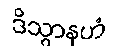
ဒိသွာနဟံ